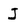
Character: J